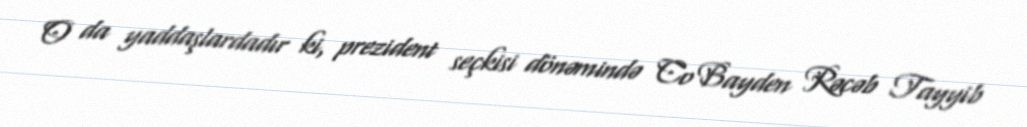
O da yaddaşlardadır ki, prezident seçkisi dönəmində Co Bayden Rəcəb Tayyib